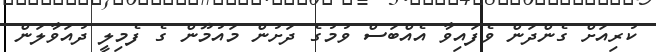
ކުރިއަށް ގެންދަން ވެފައިވާ އެއްބަސް ވުމުގެ ދަށުން މައުމޫން ގެ ފެމިލީ ދުއަވާލަން